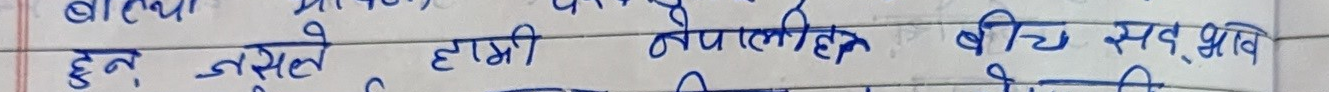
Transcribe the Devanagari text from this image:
हुन नसक्ने हाम्रो नेपालिहरु बिच सद भाव